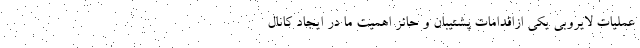
عملیات لایروبی یکی ازاقدامات پشتیبان و حائز اهمیت ما در ایجاد کانال